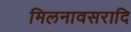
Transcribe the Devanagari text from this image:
मिलनावसरादि